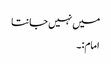
میں نہیں جانتا
امام:۔